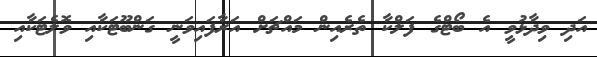
އަދި ވިދާޅުވީ އެ ބޯޓްގެ ފަލްކާ ތެރެއިން މައްޗަށް އަރާފައިވަނީ ގަންބޫޓަކާއި ވޮލެޓަކާއި